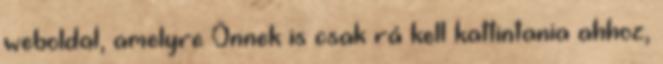
weboldal, amelyre Önnek is csak rá kell kattintania ahhoz,